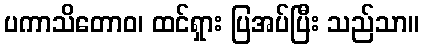
ပကာသိတောဝ၊ ထင်ရှား ပြအပ်ပြီး သည်သာ။